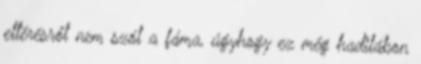
eltérésről nem szól a fáma, úgyhogy ez még hadilábon